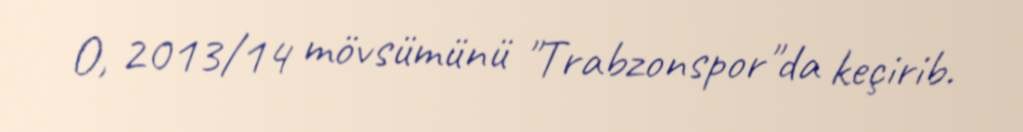
O, 2013/14 mövsümünü "Trabzonspor"da keçirib.